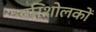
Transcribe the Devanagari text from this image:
परिशोलकों